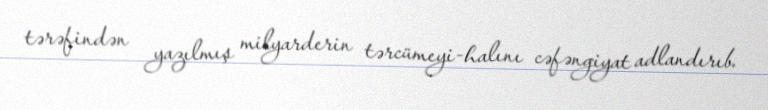
tərəfindən yazılmış milyarderin tərcümeyi-halını cəfəngiyat adlandırıb.